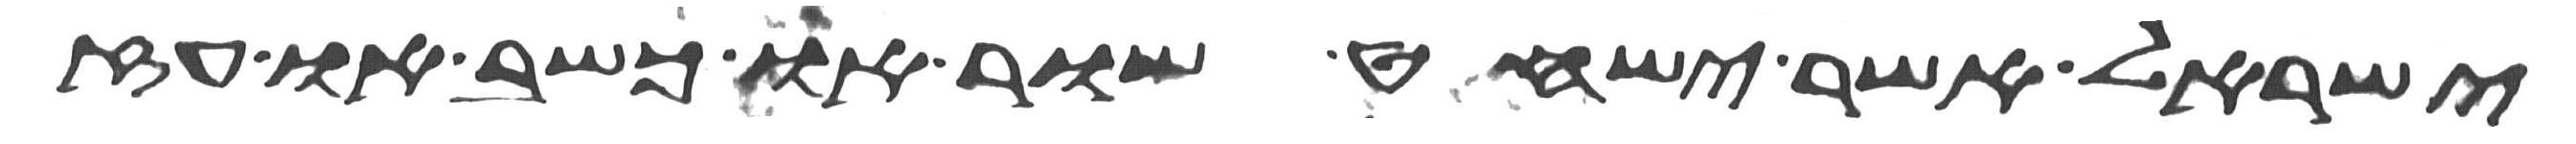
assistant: ישראל אשר ישחט שור או כשב או עז